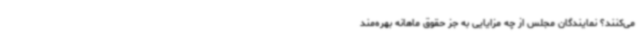
می‌کنند؟ نمایندگان مجلس از چه مزایایی به جز حقوق ماهانه بهره‌مند